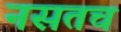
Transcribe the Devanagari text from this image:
नसतच